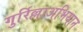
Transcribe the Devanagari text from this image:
गुर्रिल्लाअभियान